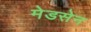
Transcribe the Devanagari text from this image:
मेडसेन